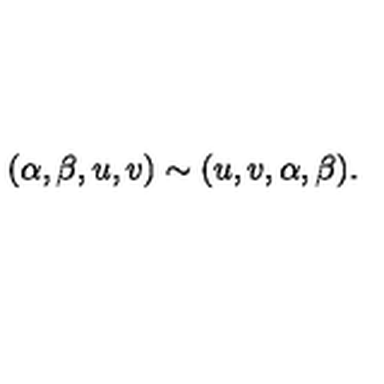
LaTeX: ( \alpha , \beta , u , v ) \sim ( u , v , \alpha , \beta ) .